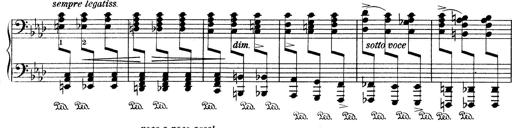
Title: Variationen Ã¼ber das Motiv von Bach
Composer: Franz Liszt